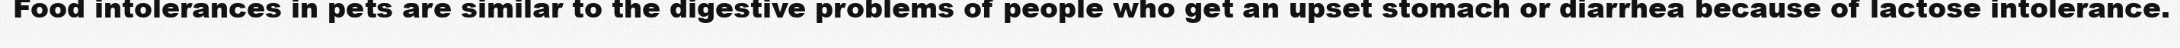
Food intolerances in pets are similar to the digestive problems of people who get an upset stomach or diarrhea because of lactose intolerance.